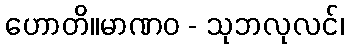
ဟောတိ။မာဏဝ - သုဘလုလင်၊